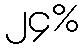
၂၄%